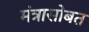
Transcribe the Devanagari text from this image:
मंत्रासोबत